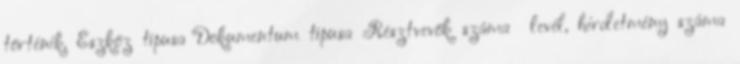
történik. Eszköz típusa Dokumentum típusa Résztvevők száma levél, hirdetmény száma